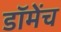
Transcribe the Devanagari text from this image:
डॉमेंच